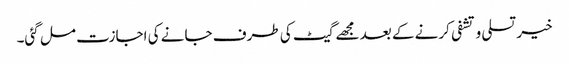
خیر تسلی و تشفی کرنے کے بعد مجھے گیٹ کی طرف جانے کی اجازت مل گئی۔